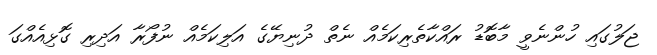
ޖަލުގައި ހުންނެވީ މާބޮޑު ރައްކާތެރިކަމެއް ނެތް ދުނިޔޭގެ އަލިކަމެއް ނުފޯރާ އަދިރި ގޮޅިއެއްގަ